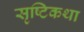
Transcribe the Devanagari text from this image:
सृष्टिकथा